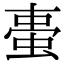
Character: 𧋌